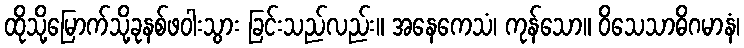
ထိုသို့မြောက်သို့ခုနစ်ဖဝါးသွား ခြင်းသည်လည်း။ အနေကေသံ၊ ကုန်သော။ ဝိသေသာဓိဂမာနံ၊